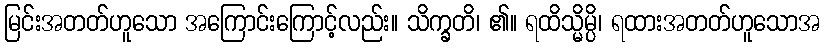
မြင်းအတတ်ဟူသော အကြောင်းကြောင့်လည်း။ သိက္ခတိ၊ ၏။ ရထိသ္မိမ္ပိ၊ ရထားအတတ်ဟူသောအ